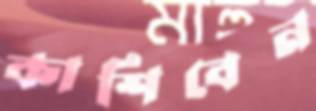
কাশিবেন